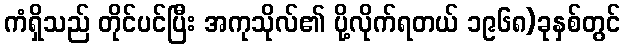
ကံရှိသည် တိုင်ပင်ပြီး အကုသိုလ်၏ ပို့လိုက်ရတယ် ၁၉၆၈)ခုနှစ်တွင်